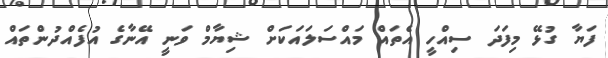
ފަޔާ ގުޅޭ މިފަދަ ސިއްހީ އެތައް މައްސަލައަކަށް ޝިޔާމް ވަނީ އޭނާގެ އުފެއްދުންތައް